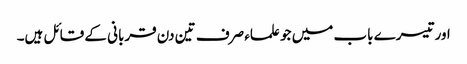
اور تیسرے باب میں جو علماء صرف تین دن قربانی کے قائل ہیں۔